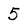
Character: 5